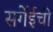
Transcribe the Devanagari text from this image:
सर्गेईची